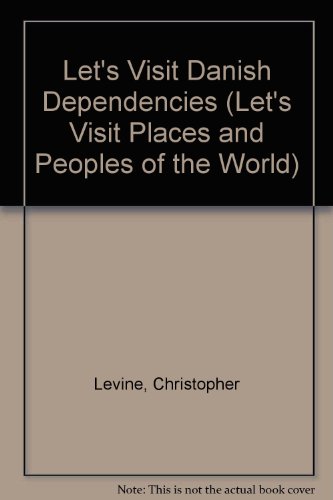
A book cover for Danish Dependencies (Let's Visit Places and Peoples of the World); Charlotte R. Levine; History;